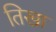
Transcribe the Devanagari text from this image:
तिखा